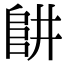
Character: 𨸥